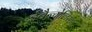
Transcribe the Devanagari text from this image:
ईवैन्गेलिस्ट